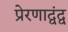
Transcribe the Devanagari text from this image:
प्रेरणाद्वंद्व